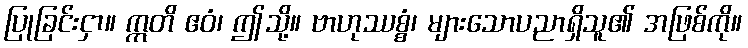
ပြုခြင်းငှာ။ ဣတိ ဧဝံ၊ ဤသို့။ ဗာဟုဿစ္စံ၊ များသောပညာရှိသူ၏ အဖြစ်ကို။